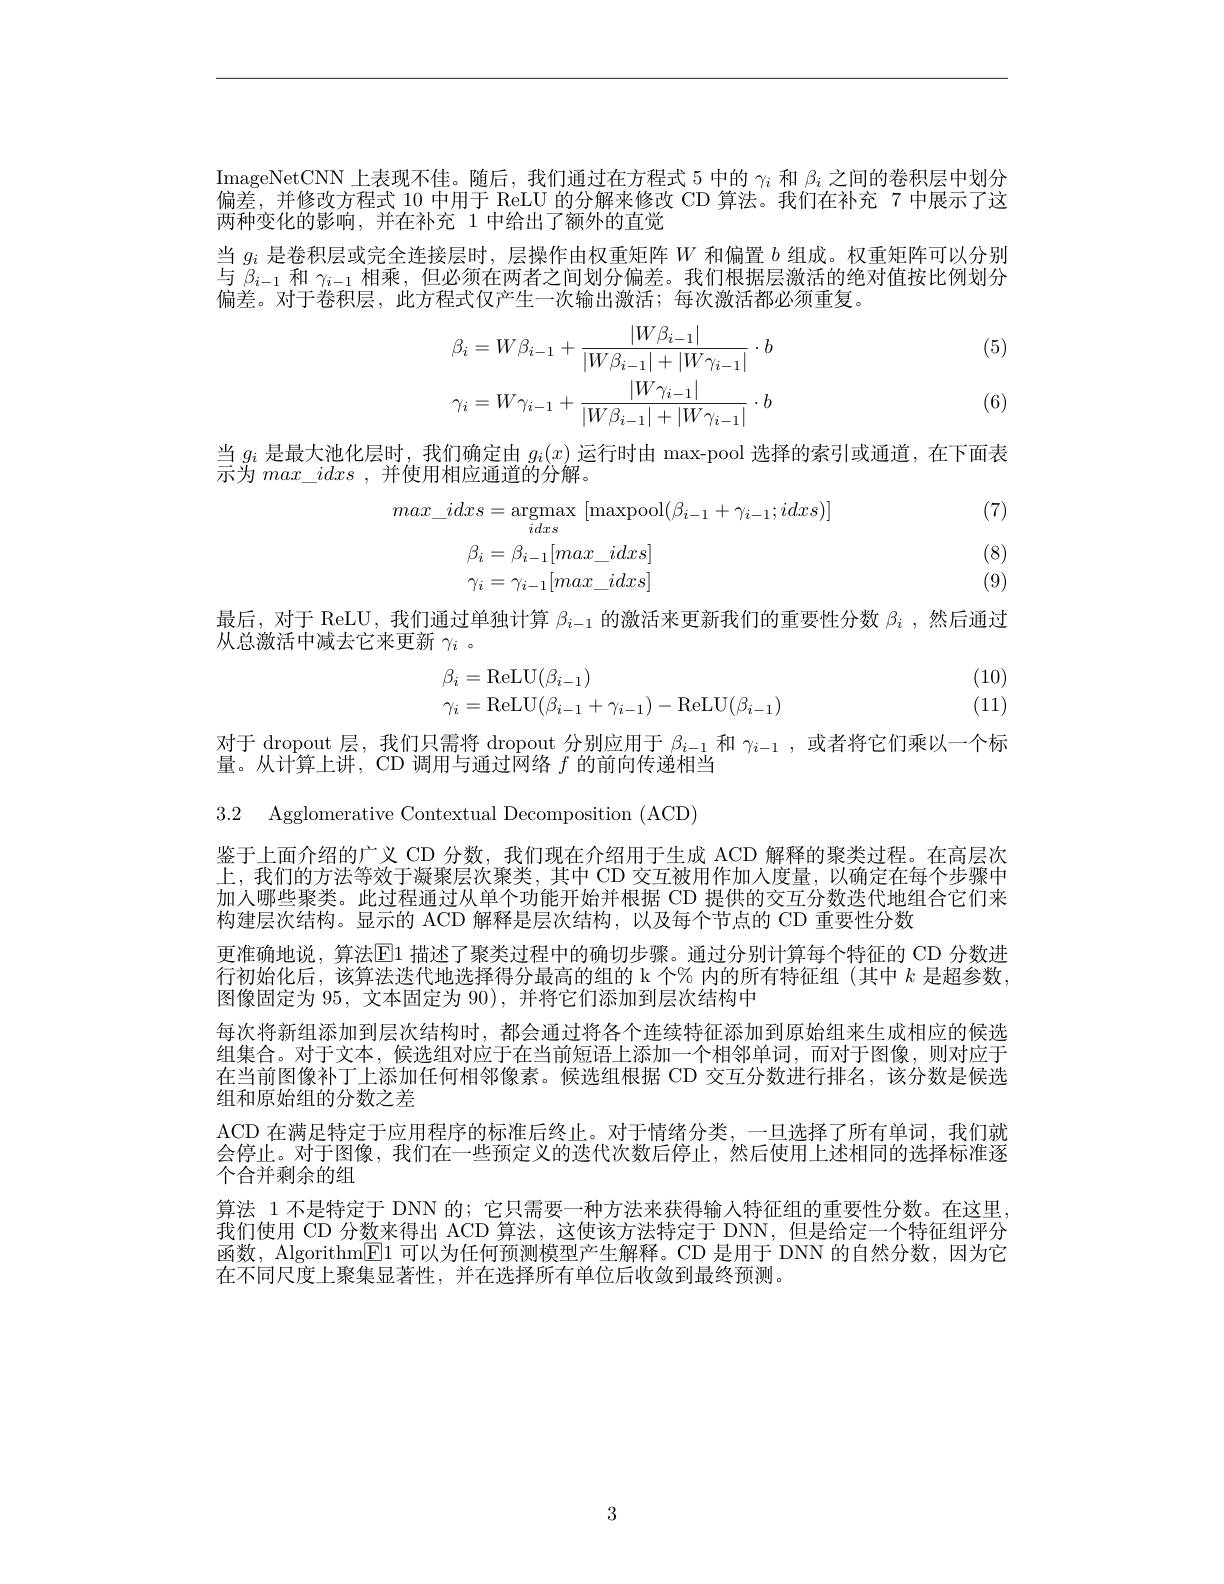
ImageNetCNN上表现不佳。随后，我们通过在方程式 5 中的$\gamma_i$和$\beta_i$之间的卷积层中划分偏差，并修改方程式 10 中用于 ReLU 的分解来修改 CD 算法。我们在补充 7 中展示了这两种变化的影响，并在补充 1 中给出了额外的直觉
当$g_i$是卷积层或完全连接层时，层操作由权重矩阵$W$和偏置$b$组成。权重矩阵可以分别与$\beta_{i-1}$和$\gamma_{i-1}$相乘，但必须在两者之间划分偏差。我们根据层激活的绝对值按比例划分偏差。对于卷积层，此方程式仅产生一次输出激活；每次激活都必须重复。

(5)
$$\beta_{i}=W\beta_{i-1}+\frac{|W\beta_{i-1}|}{|W\beta_{i-1}|+|W\gamma_{i-1}|}\cdot b\\\gamma_{i}=W\gamma_{i-1}+\frac{|W\gamma_{i-1}|}{|W\beta_{i-1}|+|W\gamma_{i-1}|}\cdot b$$
(6)

当$g_i$是最大池化层时 , 我们确定由$g_i(x)$运行时由 max-pool 选择的索引或通道，在下面表
$\stackrel{\rightharpoonup}{\operatorname*{\text{示为 }max\_idxs~,~并使用相应通道的分解。}}$

(7)
$$\begin{aligned}max_idxs&=\underset{idxs}{\operatorname*{argmax}}\:[\underset{idxs}{\operatorname*{maxpool}}(\beta_{i-1}+\gamma_{i-1};idxs)]\\\beta_{i}&=\beta_{i-1}[max_idxs]\\\gamma_{i}&=\gamma_{i-1}[max_idxs]\end{aligned}$$
(8) (9)

最后，对于 ReLU, 我们通过单独计算$\beta_{i-1}$的激活来更新我们的重要性分数$\beta_i$ ,然后通过
从总激活中减去它来更新$\gamma_i$ 。
(10)
$$\begin{array}{l}\beta_i=\mathrm{ReLU}(\beta_{i-1})\\\gamma_i=\mathrm{ReLU}(\beta_{i-1}+\gamma_{i-1})-\mathrm{ReLU}(\beta_{i-1})\end{array}$$
(11)

对于 dropout 层，我们只需将 dropout 分别应用于$\beta_{i-1}$和$\gamma_{i-1}$ ,或者将它们乘以一个标
量。从计算上讲，CD 调用与通过网络$f$的前向传递相当

3.2 Agglomerative Contextual Decomposition (ACD)

鉴于上面介绍的广义 CD 分数，我们现在介绍用于生成 ACD 解释的聚类过程。在高层次上，我们的方法等效于凝聚层次聚类，其中 CD 交互被用作加入度量，以确定在每个步骤中加入哪些聚类。此过程通过从单个功能开始并根据 CD 提供的交互分数迭代地组合它们来构建层次结构。显示的 ACD 解释是层次结构，以及每个节点的 CD 重要性分数
更准确地说，算法$\mathbb{E}$1 描述了聚类过程中的确切步骤。通过分别计算每个特征的 CD 分数进行初始化后，该算法迭代地选择得分最高的组的 k 个% 内的所有特征组 (其中$k$是超参数， 图像固定为95，文本固定为90),并将它们添加到层次结构中
每次将新组添加到层次结构时，都会通过将各个连续特征添加到原始组来生成相应的候选组集合。对于文本，候选组对应于在当前短语上添加一个相邻单词，而对于图像，则对应于在当前图像补丁上添加任何相邻像素。候选组根据 CD 交互分数进行排名，该分数是候选组和原始组的分数之差
ACD 在满足特定于应用程序的标准后终止。对于情绪分类，一旦选择了所有单词，我们就会停止。对于图像，我们在一些预定义的迭代次数后停止，然后使用上述相同的选择标准逐个合并剩余的组
算法 1 不是特定于 DNN 的；它只需要一种方法来获得输人特征组的重要性分数。在这里. 我们使用 CD 分数来得出 ACD 算法，这使该方法特定于 DNN,但是给定一个特征组评分函数，Algorithm$\boxed{\mathrm{E}}1$可以为任何预测模型产生解释。CD 是用于 DNN 的自然分数，因为它在不同尺度上聚集显著性，并在选择所有单位后收敛到最终预测。

3